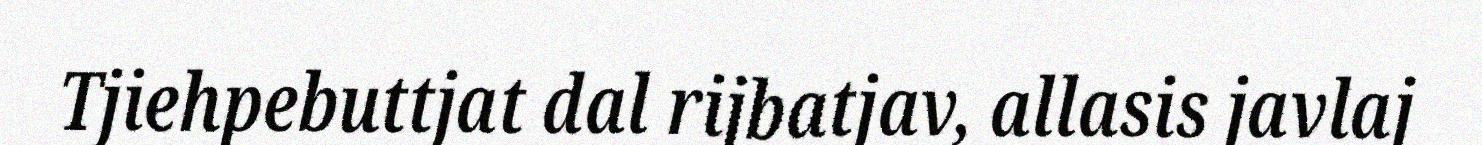
Tjiehpebuttjat dal rijbatjav, allasis javlaj